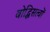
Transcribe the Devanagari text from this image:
बोद्धिसत्वों